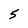
Character: 5